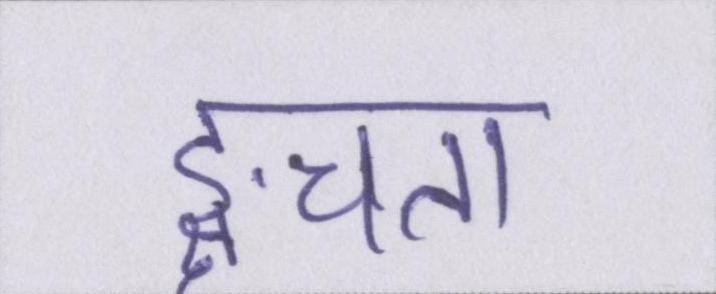
ङ्क्षचता